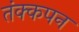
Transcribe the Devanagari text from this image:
तंक्कपन